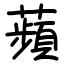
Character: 蘋